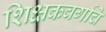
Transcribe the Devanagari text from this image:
शिक्षकवर्गाचे